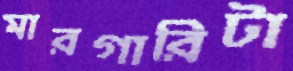
মারগারিটা